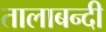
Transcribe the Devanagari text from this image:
तालाबन्दी